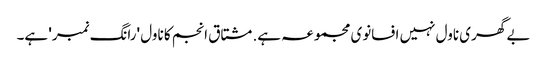
بے گھری ناول نہیں افسانوی مجموعہ ہے. مشتاق انجم کا ناول 'رانگ نمبر' ہے۔